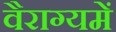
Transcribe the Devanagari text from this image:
वैराग्यमें